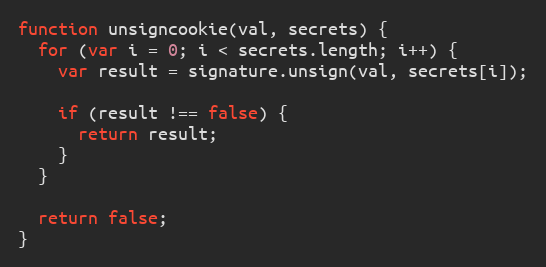
Language: JavaScript
function unsigncookie(val, secrets) {
  for (var i = 0; i < secrets.length; i++) {
    var result = signature.unsign(val, secrets[i]);

    if (result !== false) {
      return result;
    }
  }

  return false;
}